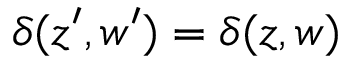
{ \delta ( z ^ { \prime } , w ^ { \prime } ) = \delta ( z , w ) }